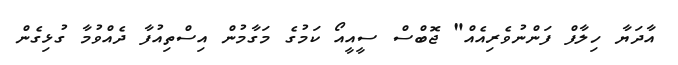
އާދަޔާ ހިލާފް ފަންނުވެރިއެއް" ޖޮބްސް ސީއީއޯ ކަމުގެ މަގާމުން އިސްތިއުފާ ދެއްވުމާ ގުޅިގެން